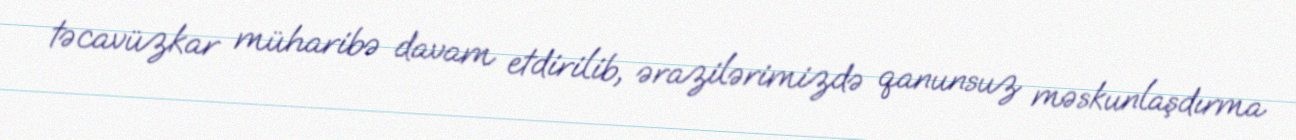
təcavüzkar müharibə davam etdirilib, ərazilərimizdə qanunsuz məskunlaşdırma